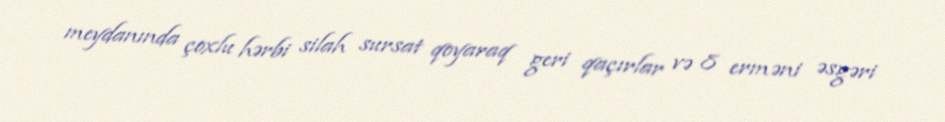
meydanında çoxlu hərbi silah sursat qoyaraq geri qaçırlar və 8 erməni əsgəri